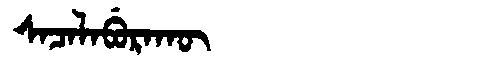
Manchu: ᠰᠠᠴᠠᠯᠠᠪᡠᡵᠠᡴᡡ
Romanization: SACALABURAKŪ